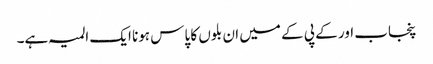
پنجاب اور کے پی کے میں ان بلوں کا پاس ہونا ایک المیہ ہے۔